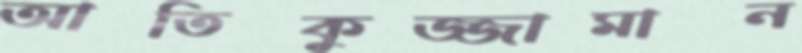
আতিকুজ্জামান